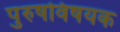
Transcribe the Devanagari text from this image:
पुरुषविषयक